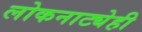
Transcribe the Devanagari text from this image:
लोकनाट्येही